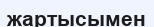
жартысымен